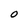
Character: O